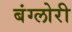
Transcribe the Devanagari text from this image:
बंग्लोरी